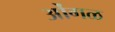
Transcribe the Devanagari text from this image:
ओंगळ